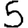
Digit: 5